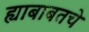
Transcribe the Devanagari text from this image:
ह्याबाबतचे